Annual report on the lock hospitals of the Madras Presidency
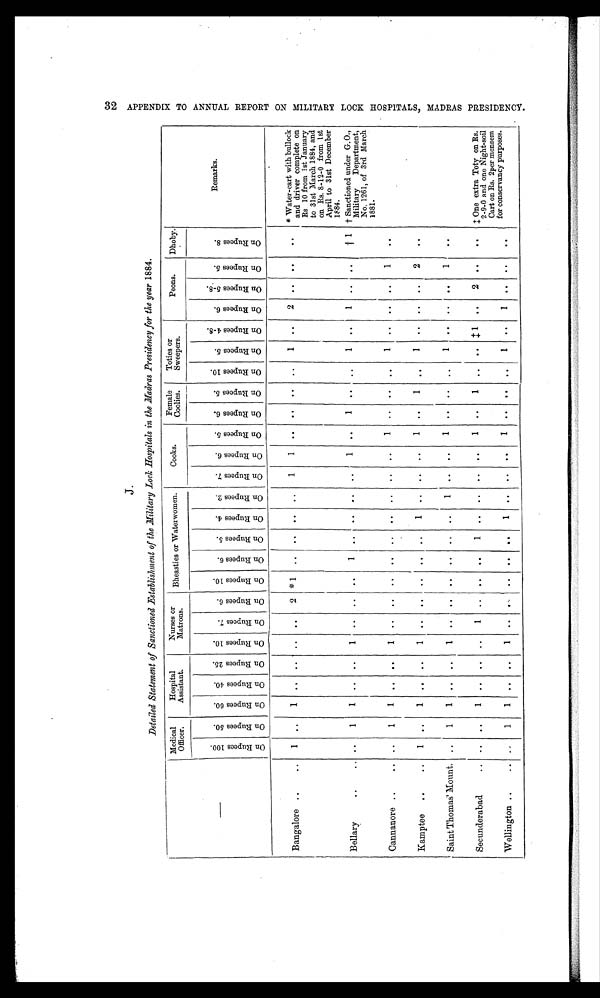
J.
Detailed Statement of Sanctioned Establishment of the Military Lock, Hospitals in the Madras Presidency for the year 1884.
Medical
Officer.
Hospita
l Assistant.
Nurses o
r Matrons.
Bheasties or Waterwomen.
Cooks.
Female
Coolies.
Toties or
Sweepers.
Peons.
Dhoby.
—
O n R u p e e s 1 0 0 .
O n R u p e e s 5 0 .
O n R u p e e s 6 0 .
On Rupees 40.
On Rupees 25.
O n R u p e e s 1 0 .
O n R u p e e s 7 .
O n R u p e e s 6 .
O n R u p e e s 1 0 .
On Rupees 6.
o n R u p e e s 5 .
O n R u p e e s 4 . O n R u p e e s 2 .
O n R u p e e s 7 .
On Rupees 6.
O n R u p e e s 5 .
O n R u p e e s 6 .
O n R u p e e s 5 .
On Rupees 10.
O n R u p e e s 5 .
O n R u p e e s 4 - 8 .
O n R u p e e s 6 .
O n R u p e e s 5 - 8 .
O n R u p e e s 5 .
O n R u p e e s 8 .
Remarks.
Bangalore ..
..
1
. .
1
. .
. .
. .
. .
2 *1
. .
. .
. . . .
1
1
. .
. . . .
. .
1
..
2
. .
. .
. . * Water-cart with bullock
and driver complete on
Rs 10 from 1st January
to 31st March 1884, and
on Rs. 8-12-0 from 1st
April to 31st December
1884.
Bellary
..
. . . .
1
1
. .
. .
1
. .
. . ..
1
. .
. . . .
. .
1
. .
1
. .
. .
1
..
1
. .
. .
† 1
† Sanctioned under G-.O.,
Military Department,
No. 1261, of 3rd March
1881.
Cannanore ..
. . . .
1
1
. .
. .
1
. .
. . ..
. .
. .
. . . .
. .
. .
1 . .
. .
. .
1
. .
. .
. . 1
. .
Kamptee ..
..
1
. .
1
. . . .
1
. .
. . ..
. .
. . 1
. .
. .
. .
1
. .
1
. .
1
. .
. . . . 2
. .
Saint Thomas' Mount. ..
1
1
. .
. .
1
. .
. . ..
. .
. . . . 1
. .
. .
1
. .
. .
. .
1
. .
. .
. .
1
. .
Secunderabad
. . . .
. .
1
. .
. .
. . 1 .. ..
. .
1
. .
. .
. .
. .
1
..
1
..
. .
‡1
. . 2
. .
.. ‡ One extra Toty on Rs.
2-9-0 and one Night-soil
Cart on Rs. 2per mensem
for conservancy purposes.
Wellington ..
. . . .
1
1
. .
. .
1
. .
. .
..
. .
. . 1
. .
. .
. .
1
..
. .
. .
1
..
1
..
. .
. .